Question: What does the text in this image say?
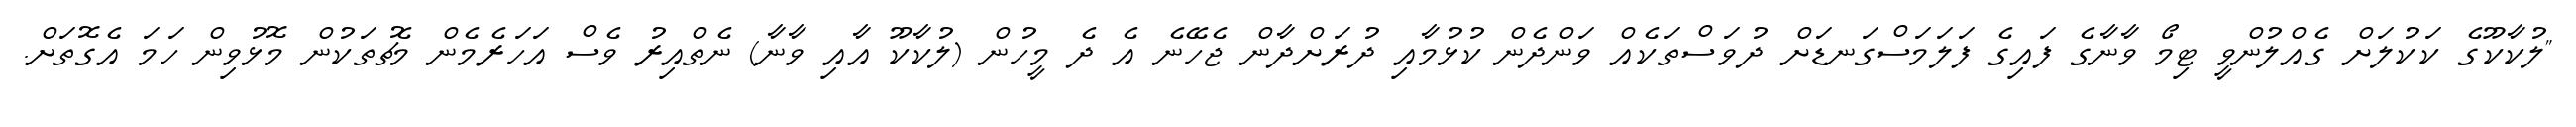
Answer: "ލުކާކޫގެ ކަކުލަށް ގެއްލުންވީ ޓިމޯ ވާނާގެ ފައިގެ ފަލަމަސްގަނޑަށް ދުވަސްތަކެއް ވަންދެން ކުޅުމާއި ދުރަށްދާން ޖެހޭނެ އެ ދެ މީހުން (ލުކާކޫ އާއި ވާނާ) ނެތްއިރު ވެސް އަހަރެމެން މެޗުތަކުން މޮޅުވިން ހަމަ އެގޮތަށް.